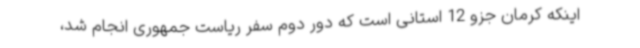
اینکه کرمان جزو 12 استانی است که دور دوم سفر ریاست جمهوری انجام شد،